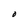
Character: O